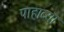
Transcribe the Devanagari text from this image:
पाहाव्या